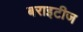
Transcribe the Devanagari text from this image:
बराइटीज